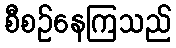
စီစဉ်နေကြသည်